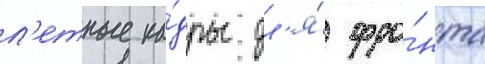
л'етные ка́дры дл'я́ фро́нта